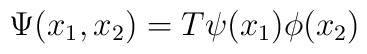
\Psi(x_1,x_2)=T\psi(x_1)\phi(x_2)